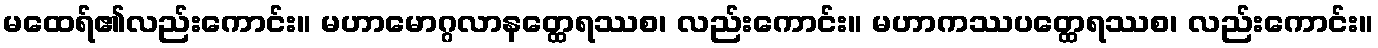
မထေရ်၏လည်းကောင်း။ မဟာမောဂ္ဂလာနတ္ထေရဿစ၊ လည်းကောင်း။ မဟာကဿပတ္ထေရဿစ၊ လည်းကောင်း။